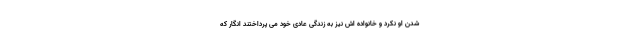
شدن او نکرد و خانواده اش نیز به زندگی عادی خود می پرداختند انگار که